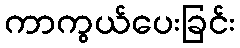
ကာကွယ်ပေးခြင်း